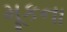
મૂકના